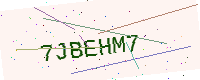
Text: 7JBEHM7